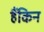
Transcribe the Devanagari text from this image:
हैंकिन